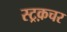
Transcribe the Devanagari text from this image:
स्ट्रक़चर